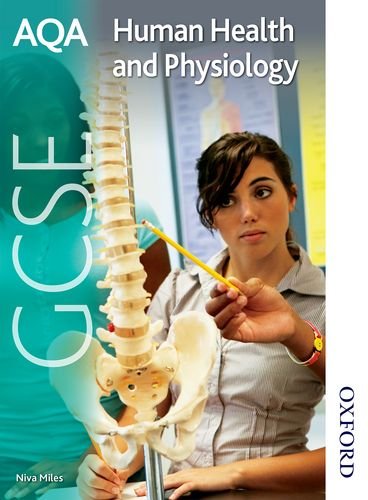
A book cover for AQA GCSE Human Health and Physiology; Niva Miles; Teen & Young Adult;